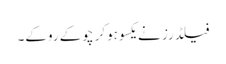
فیلڈرز نے یکسوہوکر چوکے روکے۔